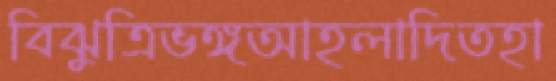
বিঝুত্রিভঙ্গআহলাদিতহা